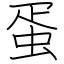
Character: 蛋